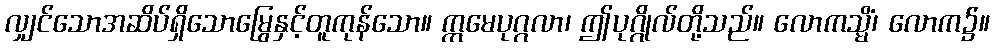
လျှင်သောအဆိပ်ရှိသောမြွေနှင့်တူကုန်သော။ ဣမေပုဂ္ဂလာ၊ ဤပုဂ္ဂိုလ်တို့သည်။ လောကသ္မိံ၊ လောက၌။